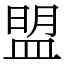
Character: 盟